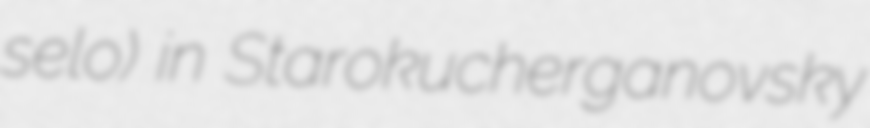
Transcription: selo) in Starokucherganovsky